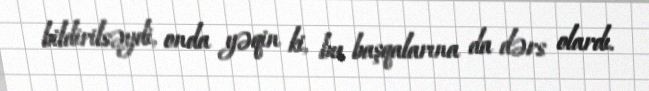
bildirilsəydi, onda yəqin ki, bu başqalarına da dərs olardı.